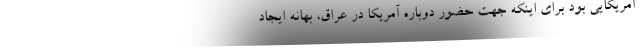
آمریکایی بود برای اینکه جهت حضور دوباره آمریکا در عراق، بهانه ایجاد